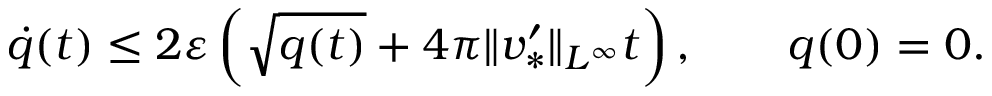
\dot { q } ( t ) \leq 2 \varepsilon \left( \sqrt { q ( t ) } + 4 \pi \| v _ { * } ^ { \prime } \| _ { L ^ { \infty } } t \right) , \qquad q ( 0 ) = 0 .